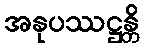
အနုပဿဋ္ဌန္တိ